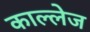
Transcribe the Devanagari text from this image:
काल्लेज